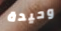
وحيدة